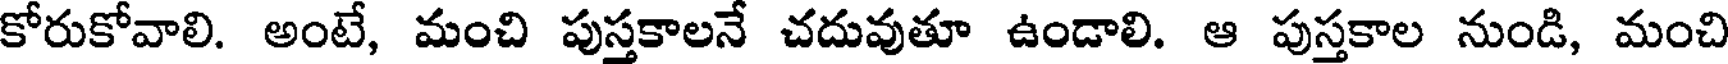
కోరుకోవాలి. అంటే, మంచి పుస్తకాలనే చదువుతూ ఉండాలి. ఆ పుస్తకాల నుండి, మంచి